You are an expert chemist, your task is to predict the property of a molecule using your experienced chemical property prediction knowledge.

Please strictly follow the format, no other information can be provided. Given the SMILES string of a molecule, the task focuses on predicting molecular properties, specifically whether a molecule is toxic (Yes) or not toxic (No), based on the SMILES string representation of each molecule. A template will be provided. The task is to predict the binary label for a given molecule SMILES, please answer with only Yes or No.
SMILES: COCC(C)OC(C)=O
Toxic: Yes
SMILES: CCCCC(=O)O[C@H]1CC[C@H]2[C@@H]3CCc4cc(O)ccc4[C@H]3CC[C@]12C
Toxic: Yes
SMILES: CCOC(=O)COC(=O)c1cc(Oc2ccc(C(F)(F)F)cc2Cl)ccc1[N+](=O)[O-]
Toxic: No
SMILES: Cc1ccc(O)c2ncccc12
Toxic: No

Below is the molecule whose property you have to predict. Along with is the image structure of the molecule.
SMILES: C=CC(=O)O[Sn](CCCC)(CCCC)CCCC
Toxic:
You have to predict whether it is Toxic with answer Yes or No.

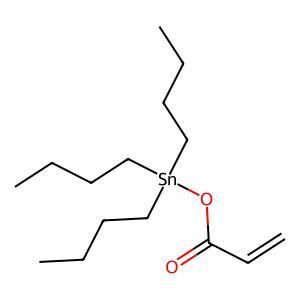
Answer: No